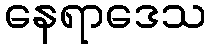
နေရာဒေသ